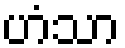
ဟံသာ